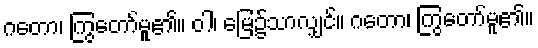
ဂတော၊ ကြွတော်မူ၏။ ဝါ၊ မြေ၌သာလျှင်။ ဂတော၊ ကြွတော်မူ၏။